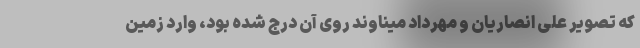
که تصویر علی انصاریان و مهرداد میناوند روی آن درج شده بود، وارد زمین